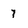
Character: 7